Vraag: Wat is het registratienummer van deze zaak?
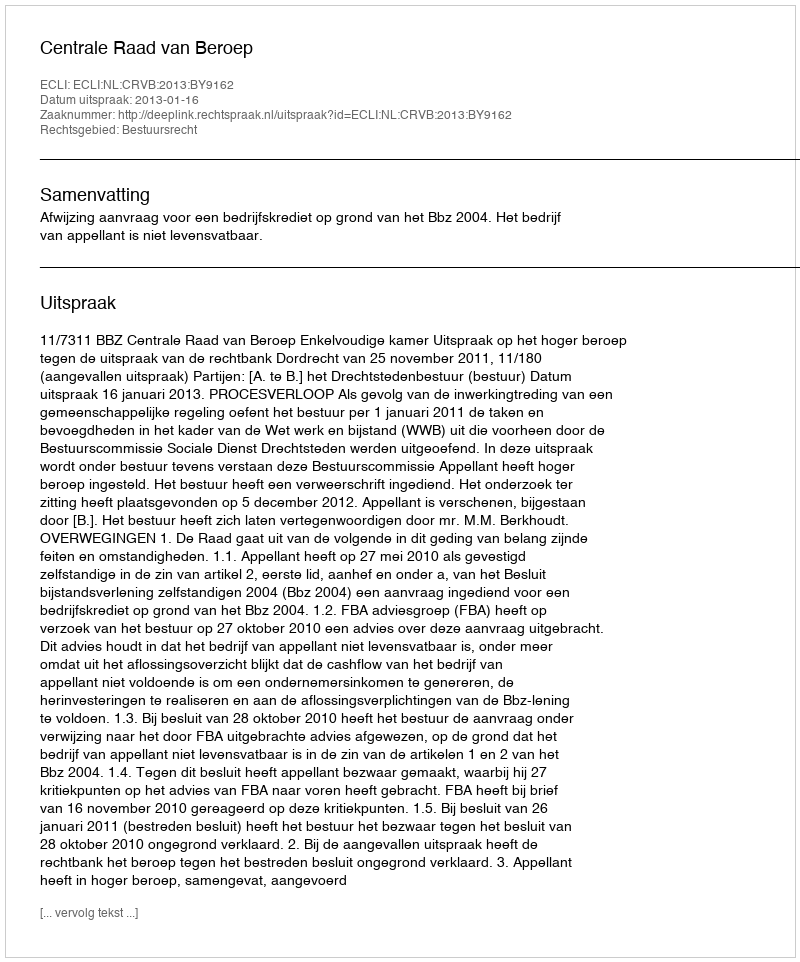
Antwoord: http://deeplink.rechtspraak.nl/uitspraak?id=ECLI:NL:CRVB:2013:BY9162